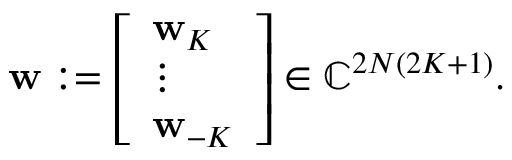
\begin{array} { r } { \mathbf { w } : = \left[ \begin{array} { l } { \mathbf { w } _ { K } } \\ { \vdots } \\ { \mathbf { w } _ { - K } } \end{array} \right] \in \mathbb { C } ^ { 2 N ( 2 K + 1 ) } . } \end{array}